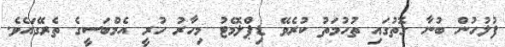
ފުލުހުން ބުނާ ގޮތުގައި ތުހުމަތު ކުރެވޭ ޑިޕްލޮމެޓު މިހާރު ހުރީ އެމްބަސީގެ ތެރޭގައެވެ.